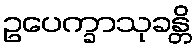
ဥပေက္ခာသုခန္တိ